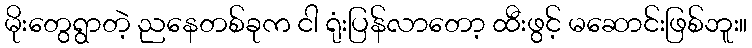
မိုးတွေရွာတဲ့ ညနေတစ်ခုက ငါ ရုံးပြန်လာတော့ ထီးဖွင့် မဆောင်းဖြစ်ဘူး။